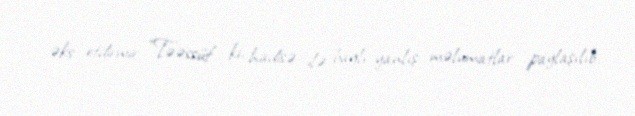
əks etdirmir: “Təəssüf ki, hadisə ilə bağlı yanlış məlumatlar paylaşılıb.